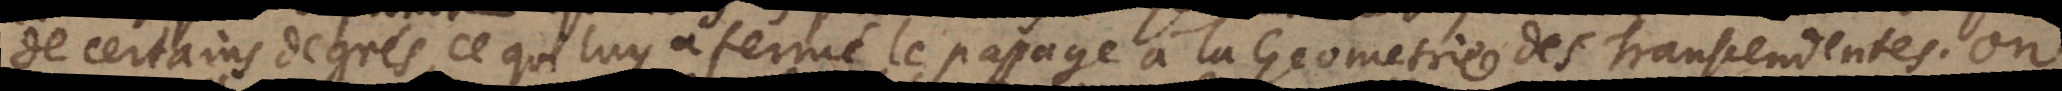
de certains degrés, ce qui luy a ferme ´ le passage a ` la Geometrie des Transcendentes. On